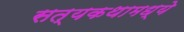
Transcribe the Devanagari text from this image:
सत्यकथामध्ये